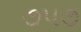
૭૫૭